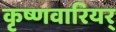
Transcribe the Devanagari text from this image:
कृष्णवारियर्